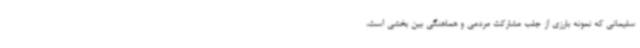
سلیمانی که نمونه بارزی از جلب مشارکت مردمی و هماهنگی بین بخشی است،